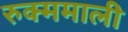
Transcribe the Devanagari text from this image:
रुक्ममाली